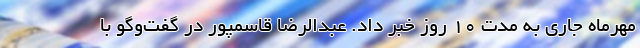
مهرماه جاری به مدت ۱۰ روز خبر داد. عبدالرضا قاسمپور در گفت‌وگو با